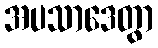
အပသာဒေတွာ